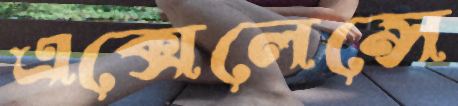
এক্সেলেন্সে